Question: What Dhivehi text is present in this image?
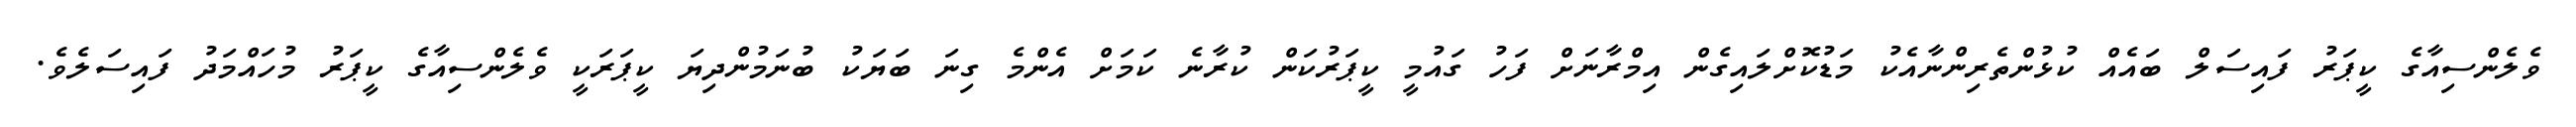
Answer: ވެލެންސިއާގެ ކީޕަރު ފައިސަލް ބައެއް ކުޅުންތެރިންނާއެކު މަޑުކޮށްލައިގެން އިމްރާނަށް ފަހު ގައުމީ ކީޕަރުކަން ކުރާނެ ކަމަށް އެންމެ ގިނަ ބަޔަކު ބުނަމުންދިޔަ ކީޕަރަކީ ވެލެންސިއާގެ ކީޕަރު މުހައްމަދު ފައިސަލެވެ.